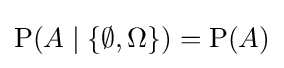
\operatorname {P} \!\left(A\mid \{\emptyset ,\Omega \}\right)=\operatorname {P} (A)